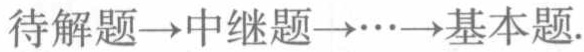
待解题$\to$中继题$\to\cdots\to$基本题.